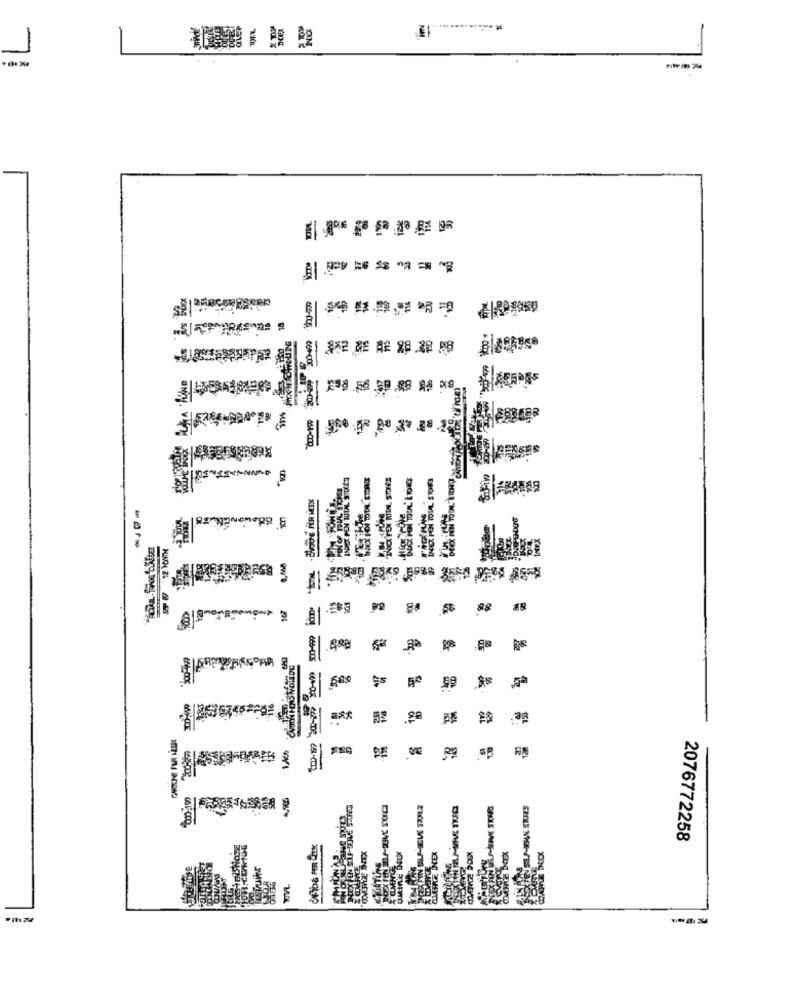
-
MC
======
99
de
2076772258
CRISTIAN